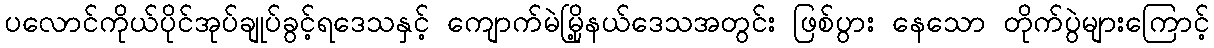
ပလောင်ကိုယ်ပိုင်အုပ်ချုပ်ခွင့်ရဒေသနှင့် ကျောက်မဲမြို့နယ်ဒေသအတွင်း ဖြစ်ပွား နေသော တိုက်ပွဲများကြောင့်